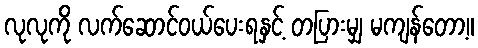
လုလုကို လက်ဆောင်ဝယ်ပေးရနှင့် တပြားမျှ မကျန်တော့။